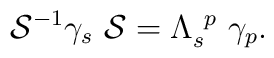
{\cal S}^{-1} \gamma_{s}~{\cal S}= \Lambda_{s}^{~p} ~\gamma_{p}.